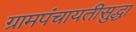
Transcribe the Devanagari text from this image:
ग्रामपंचायतीसुद्धा